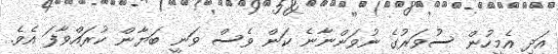
އަދި އެމީހުން ސުވަރުގެ ނުވަންނާނެ ކަން ވެސް ވަނީ ބަޔާން ކުރައްވާފަ އެވެ.